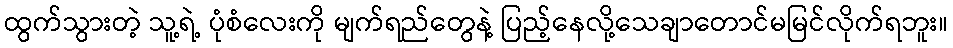
ထွက်သွားတဲ့ သူ့ရဲ့ ပုံစံလေးကို မျက်ရည်တွေနဲ့ ပြည့်နေလို့သေချာတောင်မမြင်လိုက်ရဘူး။